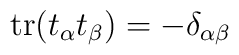
\mathop{\mathrm{tr}}(t_\alpha t_\beta)=-\delta_{\alpha\beta}